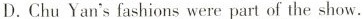
D. Chu Yan's fashions were part of the show.